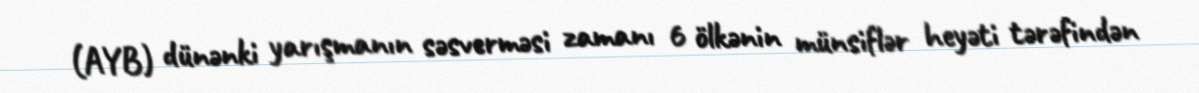
(AYB) dünənki yarışmanın səsverməsi zamanı 6 ölkənin münsiflər heyəti tərəfindən